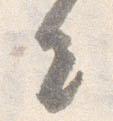
出